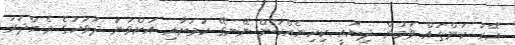
އޭރު ކަންތައް ވަމުން ދިޔައީ ކިހިނެއްކަން ނޭނގޭ ކަމަށާއި އަށްވަނަ ދުވަހުގެ މެންދުރު